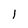
Character: l